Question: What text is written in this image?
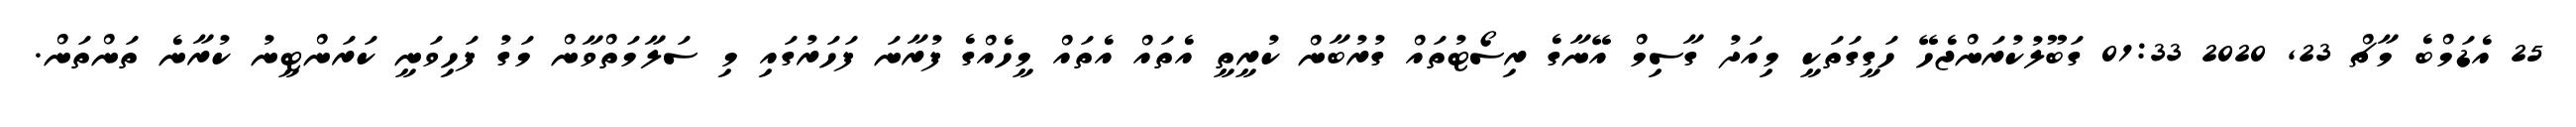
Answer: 25 އެޑަމްބެ މާޗް 23, 2020 01:33 ގަބޫލުކުރަންޖެހޭ ހަގީގަތަކީ މިއަދު ގާސިމް އޭނާގެ ރިސޯޓުތައް ގުރުބާން ކުރީތީ އެތައް އެތައް މީހެއްގެ ފުރާނަ ފަހަރުގައި މި ސަލާމަތްވާން މަގު ފަހިވަނީ ކަރަންޓީނު ކުރާނެ ތަންތަން.